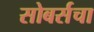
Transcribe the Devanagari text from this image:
सोबर्सचा